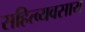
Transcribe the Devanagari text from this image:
सहित्व्यवसाय